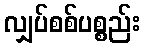
လျှပ်စစ်ပစ္စည်း